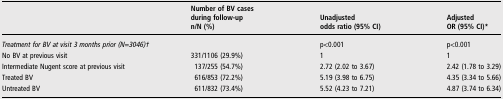
<table><thead><tr><td></td><td><b>Number of BV cases during follow-upn/N (%)</b></td><td><b>Unadjustedodds ratio (95% CI)</b></td><td><b>AdjustedOR (95% CI)*</b></td></tr></thead><tbody><tr><td colspan="2"><i>Treatment for BV at visit 3 months prior (N=3046)†</i></td><td>p&lt;0.001</td><td>p&lt;0.001</td></tr><tr><td>No BV at previous visit</td><td>331/1106 (29.9%)</td><td>1</td><td>1</td></tr><tr><td>Intermediate Nugent score at previous visit</td><td>137/255 (54.7%)</td><td>2.72 (2.02 to 3.67)</td><td>2.42 (1.78 to 3.29)</td></tr><tr><td>Treated BV</td><td>616/853 (72.2%)</td><td>5.19 (3.98 to 6.75)</td><td>4.35 (3.34 to 5.66)</td></tr><tr><td>Untreated BV</td><td>611/832 (73.4%)</td><td>5.52 (4.23 to 7.21)</td><td>4.87 (3.74 to 6.34)</td></tr></tbody></table>